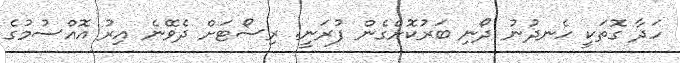
ހަދާ ގޮތަކީ ހެނދުނު ދޯނި ބަރުކޮށްގެން ފުރަނީ. ރިސޯޓަށް ދެވޭނެ އިރު އޮއްސުމުގެ